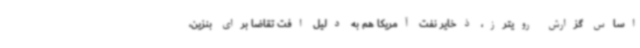
اساس گزارش رویترز، ذخایر نفت آمریکا هم به دلیل افت تقاضا برای بنزین،